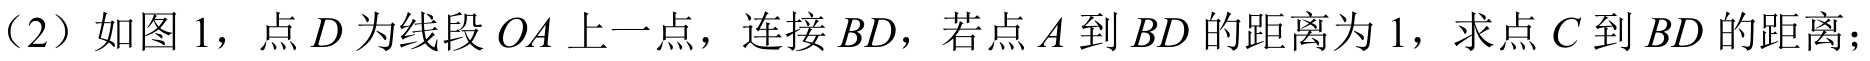
（2）如图1，点\(D\)为线段\(OA\)上一点，连接\(BD\)，若点\(A\)到\(BD\)的距离为\(1\)，求点\(C\)到\(BD\)的距离；